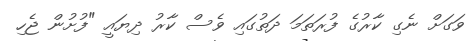
ވަގަށް ނެގި ކާރުގެ ފުރަތަމަ ދަތުގައި ވެސް ކާރު ދިޔައީ "ފުށުން ޖެހި